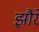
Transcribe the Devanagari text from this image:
झौरे